Annual administration report of the Civil Veterinary Department of India - 1904-1905
Year: 1904
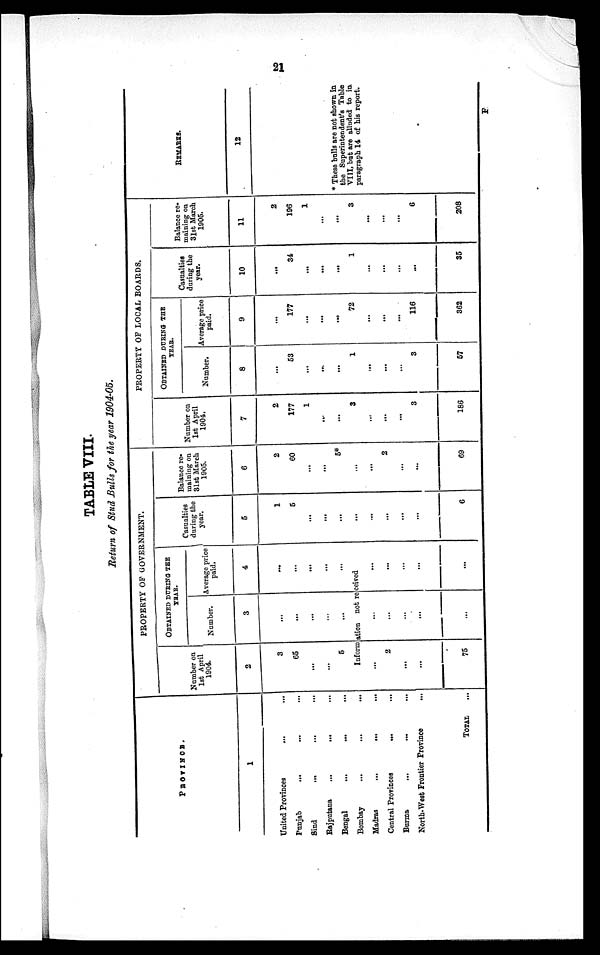
21
TABLE VIII.
Return of Stud Bulls for the year 1904-05.
PROVINCE.
1
United Provinces
...
...
Punjab ... ... ...
Sind ... ... ...
Rajputana
...
... ...
Bengal ... ... ...
Bombay
...
...
...
Madras
...
...
...
Central Provinces
...
...
Burma ... ... ...
North-West Frontier Province ...
TOTAL ...
PROPERTY OF GOVERNMENT.
Number on
1st April
1904.
2
3
65
...
...
5
OBTAINED DURING THE
YEAR.
Number.
3
...
...
...
...
...
Average price
paid.
4
...
...
...
...
...
Information not received
...
2
...
...
75
...
...
...
...
...
...
...
...
...
...
Casualties
during the
year.
5
1
5
...
...
...
...
...
...
...
6
Balance re-
maining on
31st March
1905.
6
2
60
...
...
5*
...
...
2
...
...
69
PROPERTY OF LOCAL BOARDS.
Number on
1st April
1904.
7
2
177
1
...
...
3
...
...
...
3
186
OBTAINED DURING THE
YEAR.
Number.
8
...
53
...
...
...
1
...
...
...
3
57
Average price
paid.
9
...
177
...
...
...
72
...
...
...
116
362
Casualties
during the
year.
10
...
34
...
...
...
1
...
...
...
...
35
Balance re-
maining on
31st March
1905.
11
2
196
1
...
...
3
...
...
...
6
208
REMARKS.
12
* These bulls are not shown in
the Superintendent's Table
VIII, but are alluded to in
paragraph 14 of his report.
F